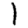
Digit: 1